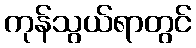
ကုန်သွယ်ရာတွင်